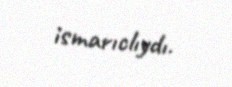
ismarıclıydı.